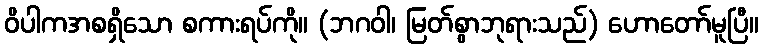
ဝိပါကအစရှိသော စကားရပ်ကို။ (ဘဂဝါ၊ မြတ်စွာဘုရားသည်) ဟောတော်မူပြီ။